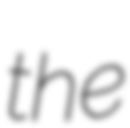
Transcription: the